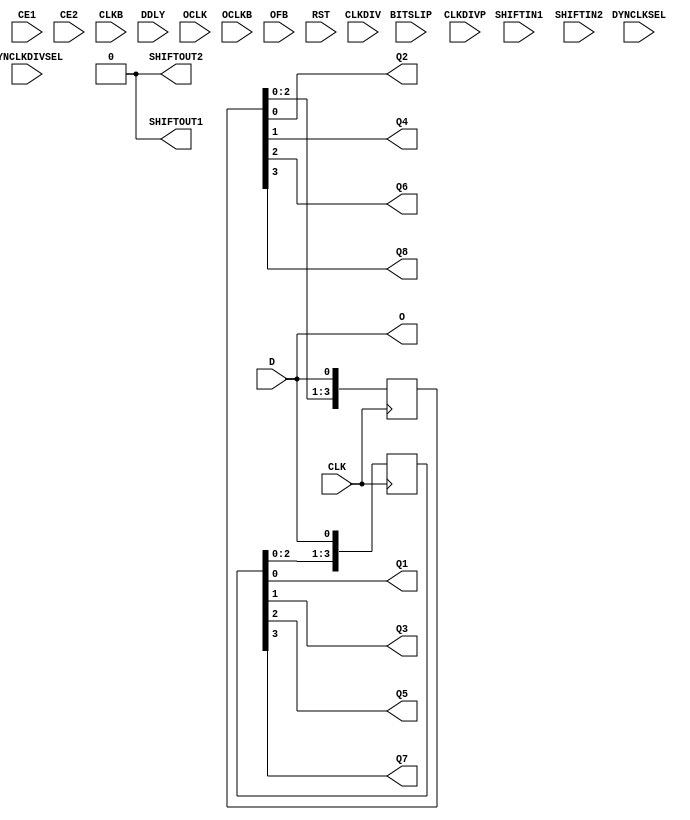
module ISERDESE2 (/*AUTOARG*/
   // Outputs
   O, Q1, Q2, Q3, Q4, Q5, Q6, Q7, Q8, SHIFTOUT1, SHIFTOUT2,
   // Inputs
   BITSLIP, CE1, CE2, CLK, CLKB, CLKDIV, CLKDIVP, D, DDLY,
   DYNCLKDIVSEL, DYNCLKSEL, OCLK, OCLKB, OFB, RST, SHIFTIN1, SHIFTIN2
   );

   parameter DATA_RATE         = 0; // "DDR" or "SDR"
   parameter DATA_WIDTH        = 0; // 4,2,3,5,6,7,8,10,14
   parameter DYN_CLK_INV_EN    = 0; // "FALSE", "TRUE"
   parameter DYN_CLKDIV_INV_EN = 0; // "FALSE", "TRUE"
   parameter INIT_Q1           = 0; // 1'b0 to 1'b1
   parameter INIT_Q2           = 0; // 1'b0 to 1'b1
   parameter INIT_Q3           = 0; // 1'b0 to 1'b1
   parameter INIT_Q4           = 0; // 1'b0 to 1'b1
   parameter INTERFACE_TYPE    = 0; // "MEMORY","MEMORY_DDR3", "MEMORY_QDR", 
                                    // "NETWORKING", "OVERSAMPLE"
   parameter IOBDELAY          = 0; // "NONE", "BOTH", "IBUF", "IFD"  
   parameter NUM_CE            = 0; // 2,1
   parameter OFB_USED          = 0; // "FALSE", "TRUE"
   parameter SERDES_MODE       = 0; // "MASTER" or "SLAVE"
   parameter SRVAL_Q1          = 0; // 1'b0 or 1'b1 
   parameter SRVAL_Q2          = 0; // 1'b0 or 1'b1 
   parameter SRVAL_Q3          = 0; // 1'b0 or 1'b1 
   parameter SRVAL_Q4          = 0; // 1'b0 or 1'b1 
  
   input  BITSLIP;        // performs bitslip operation
   input  CE1;            // clock enable 
   input  CE2;            // clock enable
   input  CLK;            // high speed clock input
   input  CLKB;           // high speed clock input (inverted)
   input  CLKDIV;         // divided clock (for bitslip and CE module
   input  CLKDIVP;        // for MIG only
   input  D;              // serial input data pin
   input  DDLY;           // serial input data from IDELAYE2
   input  DYNCLKDIVSEL;   // dynamically select CLKDIV inversion
   input  DYNCLKSEL;      // dynamically select CLK and CLKB inversion.
   input  OCLK;           // clock for strobe based memory interfaces  
   input  OCLKB;          // clock for strobe based memory interfaces 
   input  OFB;            // data feebdack from OSERDESE2?
   input  RST;            // asynchronous reset
   input  SHIFTIN1;       // slave of multie serdes
   input  SHIFTIN2;       // slave of multie serdes
     
   //outputs
   output O;              // pass through from D or DDLY
   output Q1;             // parallel data out (last bit)
   output Q2;
   output Q3;
   output Q4;   
   output Q5;
   output Q6;
   output Q7;
   output Q8;             // first bit of D appears here
   output SHIFTOUT1;      // master of multi serdes
   output SHIFTOUT2;      // master of multi serdes


   reg [3:0] even_samples;
   reg [3:0] odd_samples;
   
   always @ (posedge CLK)
     even_samples[3:0] <= {even_samples[2:0],D};

   always @ (negedge CLK)
     odd_samples[3:0] <= {odd_samples[2:0],D};

   assign Q1 = odd_samples[0];
   assign Q2 = even_samples[0];
   assign Q3 = odd_samples[1];
   assign Q4 = even_samples[1];
   assign Q5 = odd_samples[2];
   assign Q6 = even_samples[2];
   assign Q7 = odd_samples[3];
   assign Q8 = even_samples[3];
   

   //pass through
   assign O=D;

   //not implemented
   assign SHIFTOUT1=1'b0;
   assign SHIFTOUT2=1'b0;
   	
endmodule